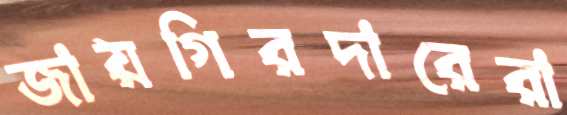
জায়গিরদারেরা